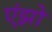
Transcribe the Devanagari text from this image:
एंझो